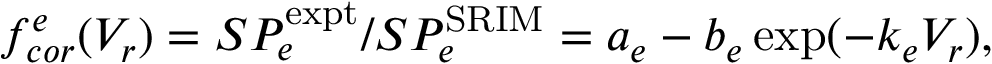
f _ { c o r } ^ { e } ( V _ { r } ) = S P _ { e } ^ { \mathrm { e x p t } } / S P _ { e } ^ { \mathrm { S R I M } } = a _ { e } - b _ { e } \exp ( - k _ { e } V _ { r } ) ,